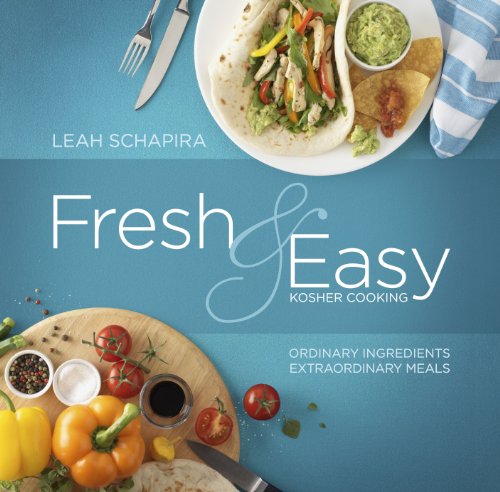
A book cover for Fresh & Easy Kosher Cooking: Ordinary Ingredients -Extraordinary Meals; Leah Schapira; Cookbooks, Food & Wine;